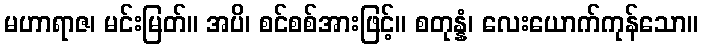
မဟာရာဇ၊ မင်းမြတ်။ အပိ၊ စင်စစ်အားဖြင့်။ စတုန္နံ၊ လေးယောက်ကုန်သော။